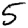
Digit: 5